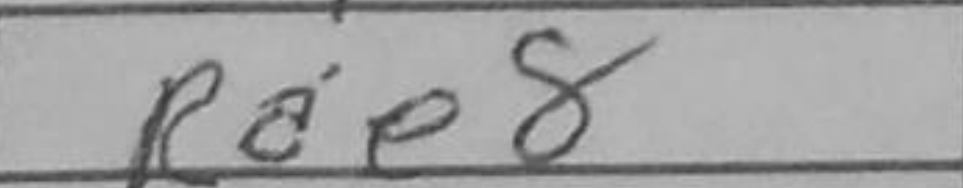
Transcription: Rae8